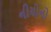
નીચોનો